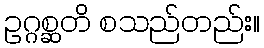
ဥဂ္ဂစ္ဆတိ စသည်တည်း။